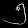
Digit: ၅